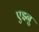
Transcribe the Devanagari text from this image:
एइनु